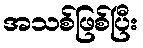
အသစ်ဖြစ်ပြီး